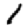
Digit: 1